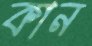
কান